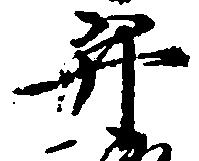
弁